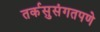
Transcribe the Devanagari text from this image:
तर्कसुसंगतपणे